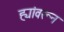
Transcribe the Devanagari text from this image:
ह्यांवरून